Annual report of the Punjab Veterinary College and of the Civil Veterinary Department, Punjab - 1920-1925
Year: 1920
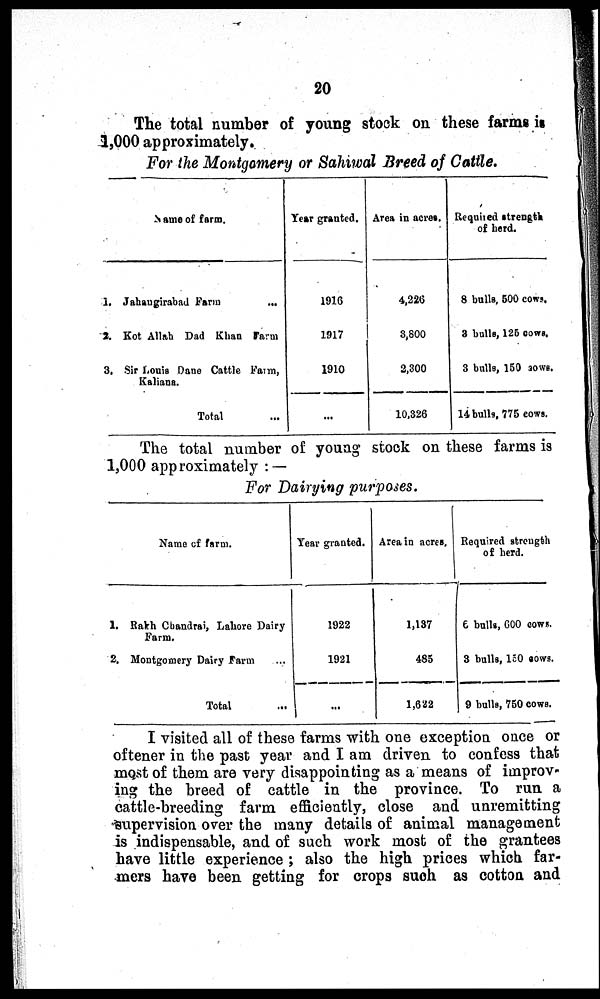
20
The total number of young stock on these farms is
1,000 approximately.
For the Montgomery or Sahiwal Breed of Cattle.
Name of farm.
1. Jahangirabad Farm
...
2. Kot Allah Dad Khan Farm
3. Sir Louis Dane Cattle Farm,
Kaliana.
Total ...
Year granted.
1916
1917
1910
...
Area in acres.
4,226
3,800
2,300
10,326
Requited strength
of herd.
8 bulls, 500 cows.
3 bulls, 125 cows.
3 bulls, 150 cows.
14 bulls, 775 cows.
The total number of young stock on these farms is
1,000 approximately:—
For Dairying purposes.
Name of farm.
1. Rakh Chandrai, Lahore Dairy
Farm.
2. Montgomery Dairy Farm ...
Total ...
Year granted.
1922
1921
...
Area in acres.
1,137
485
1,622
Required strength
of herd.
6 bulls, 600 cows.
3 bulls, 150 cows.
9 bulls, 750 cows.
I visited all of these farms with one exception once or
oftener in the past year and I am driven to confess that
most of them are very disappointing as a means of improv-
ing the breed of cattle in the province. To run a
cattle-breeding farm efficiently, close and unremitting
supervision over the many details of animal management
is indispensable, and of such work most of the grantees
have little experience; also the high prices which far-
mers have been getting for crops such as cotton and